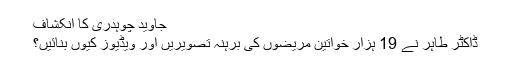
جاوید چوہدری کا انکشاف
ڈاکٹر طاہر نے 19 ہزار خواتین مریضوں کی برہنہ تصویریں اور ویڈیوز کیوں بنائیں؟